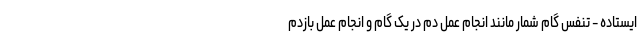
ایستاده - تنفس گام شمار مانند انجام عمل دم در یک گام و انجام عمل بازدم